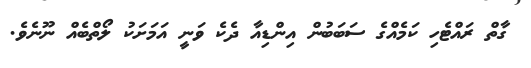
ގާތް ރައްޓެހި ކަމެއްގެ ސަބަބުން އިންޑިއާ ދެކެ ވަނީ އަމަށަކު ލޯތްބެއް ނޫނެވެ.